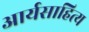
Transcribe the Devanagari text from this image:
आर्यसाहित्य